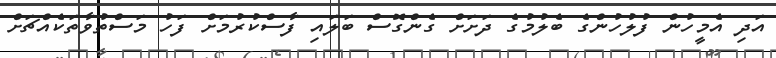
އަދި އެމީހުން ފުލުހުންގެ ބެލުމުގެ ދަށަށް ގެންގޮސް ބަލައި ފާސްކުރުމަށް ފަހު މަސްތުވާތަކެއްޗަށް